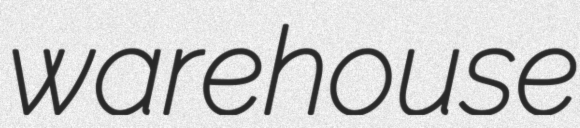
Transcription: warehouse